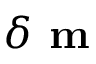
\delta \textbf { m }